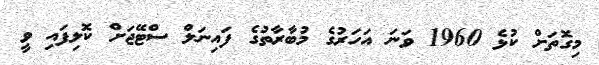
މިގޮތަށް ކުޅެ 1960 ވަނަ އަހަރުގެ މުބާރާތުގެ ފައިނަލް ސްޓޭޖަށް ކޮލިފައި ވީ